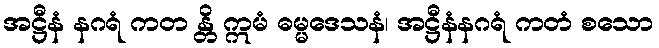
အဋ္ဌီနံ နဂရံ ကတ န္တိ ဣမံ ဓမ္မဒေသနံ၊ အဋ္ဌီနံနဂရံ ကတံ စသော